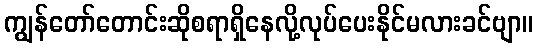
ကျွန်တော်တောင်းဆိုစရာရှိနေလို့လုပ်ပေးနိုင်မလားခင်ဗျာ။